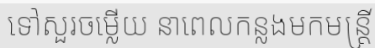
ទៅសួរចម្លើយ នាពេលកន្លងមកមន្ត្រី